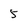
Character: 5